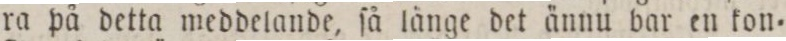
ra på detta meddelande, ſå långe det ännu bar en kon=